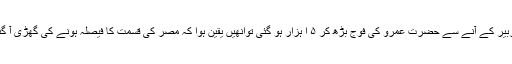
جیش زبیر کے آنے سے حضرت عمرو کی فوج بڑھ کر ۵ ا ہزار ہو گئی توانھیں یقین ہوا کہ مصر کی قسمت کا فیصلہ ہونے کی گھڑی آ گئی ہے۔